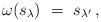
LaTeX: \begin{align*} \omega(s_\lambda)\ =\ s_{\lambda'}\,,\end{align*}